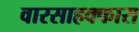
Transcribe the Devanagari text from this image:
वारसाहक्कास